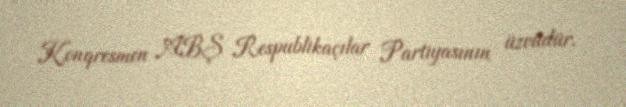
Konqresmen ABŞ Respublikaçılar Partiyasının üzvüdür.